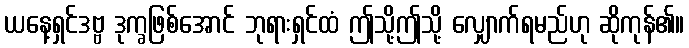
ယနေ့ရှင်ဒဗ္ဗ ဒုက္ခဖြစ်အောင် ဘုရားရှင်ထံ ဤသို့ဤသို့ လျှောက်ရမည်ဟု ဆိုကုန်၏။